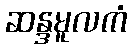
ဆန္ဒမူလကံ